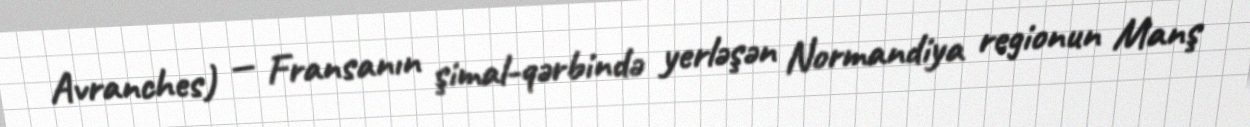
Avranches) — Fransanın şimal-qərbində yerləşən Normandiya regionun Manş